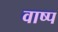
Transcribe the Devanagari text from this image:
वाष्‍प